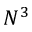
N ^ { 3 }